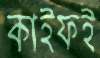
কাইফই